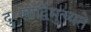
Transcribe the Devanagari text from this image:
दुःखाद्विमुच्यते